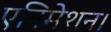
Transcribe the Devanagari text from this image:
एनिमेशन।